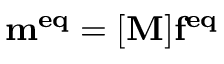
\mathbf { m ^ { e q } } = [ \mathbf { M } ] \mathbf { f ^ { e q } }